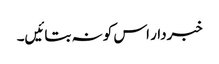
خبردار اس کو نہ بتائیں۔